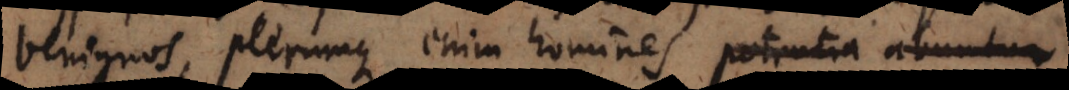
benignos, plerumque enim homines potentia utuntur